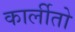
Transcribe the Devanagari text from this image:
कार्लीतो